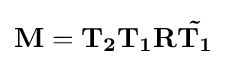
\mathbf {M} =\mathbf {T_{2}T_{1}R{\tilde {T_{1}}}}